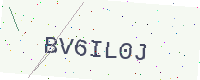
Text: BV6IL0J